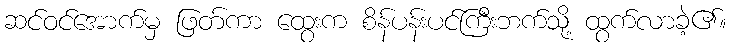
ဆင်ဝင်အောက်မှ ဖြတ်ကာ ထွေးက စိန်ပန်းပင်ကြီးဘက်သို့ ထွက်လာခဲ့၏။